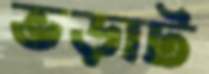
ভড়াট